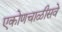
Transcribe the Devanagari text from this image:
एकोणचाळीसवे